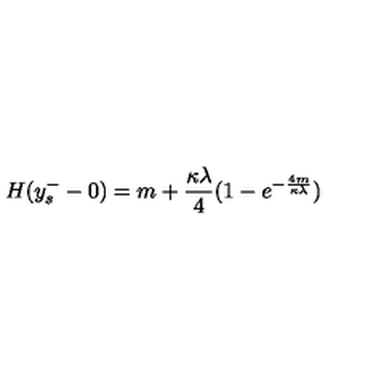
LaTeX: H ( y _ { s } ^ { - } - 0 ) = m + \frac { \kappa \lambda } { 4 } ( 1 - e ^ { - \frac { 4 m } { \kappa \lambda } } )